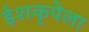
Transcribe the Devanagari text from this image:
ईशकृपेला